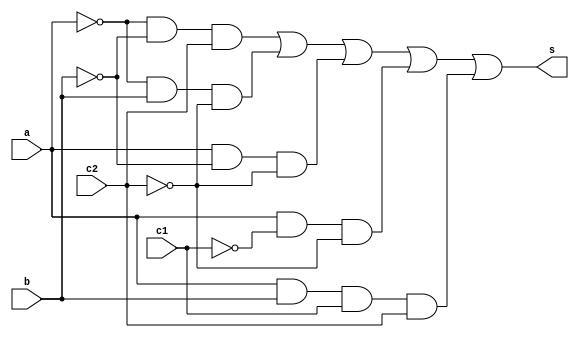
// ------------------------- 
// Exemplo0034 - F4 
// Nome: Guilherme Moreira Nunes
// ------------------------- 
// ------------------------- 
// f4_gate 
// ------------------------- 
module f4 (output s, input a, input b, input c1, input c2);  
assign s = (~a & ~b & c2) | (~a & b & ~c2) | (a & ~b & ~c2) | (a & ~c1 & ~c2) | (a & b & c1 & c2);
endmodule // f4 
module test_f4; 
// ------------------------- definir dados 
reg a; 
reg b;
reg c1;
reg c2;
wire s; 
f4 modulo1 (s, a, b, c, c2); 
// ------------------------- parte principal 
initial begin 
$display("Exemplo0034 - Guilherme Moreira Nunes - 408947"); 
$display("Test LU's module"); 
a = 1; b = 0; c1 = 0; c2 = 0;
// projetar testes do modulo 
$display("A  B  C1 C2 S");
$monitor("%b  %b  %b  %b  %b",a, b, c1, c2, s);
#1 a = 0; b = 1; c1 = 1; c2 = 0;
#1 a = 1; b = 0; c1 = 0; c2 = 1;
#1 a = 0; b = 1; c1 = 1; c2 = 1;
end 
endmodule // test_f4